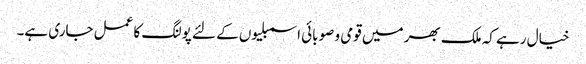
خیال رہے کہ ملک بھر میں قومی و صوبائی اسمبلیوں کے لئے پولنگ کا عمل جاری ہے۔